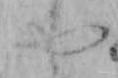
や